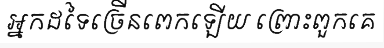
អ្នកដទៃច្រើនពេកឡើយ ព្រោះពួកគេ